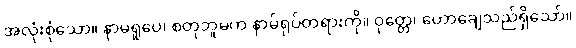
အလုံးစုံသော။ နာမရူပေ၊ စတုဘူမက နာမ်ရုပ်တရားကို။ ဝုတ္တေ၊ ဟောချေသည်ရှိသော်။